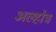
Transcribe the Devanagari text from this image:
अल्होत्र